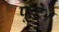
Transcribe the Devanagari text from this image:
फूटे।